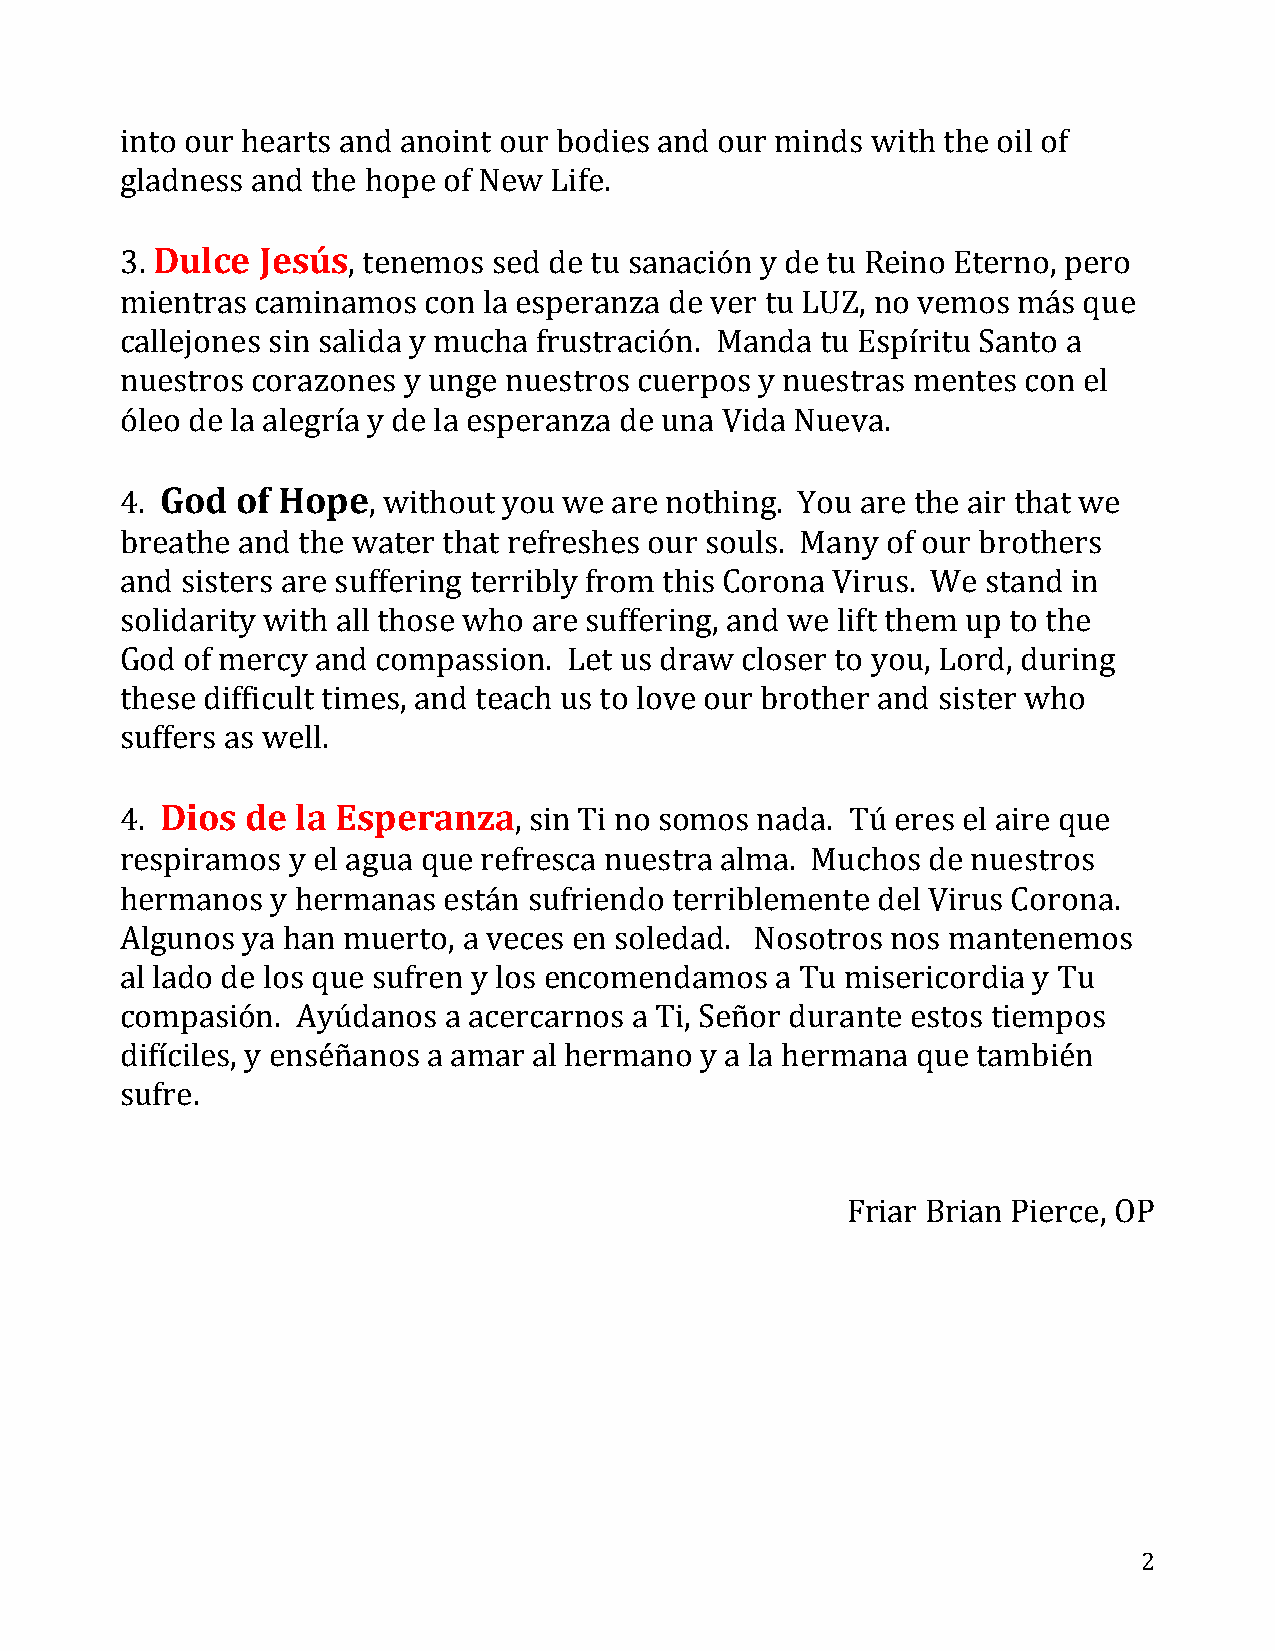
into our hearts and anoint our bodies and our minds with the oil of
 gladness and the hope of New Life.
 3. Dulce Jesús, tenemos  sed de tu sanación y de tu Reino Eterno, pero
 mientras caminamos  con la esperanza de ver tu LUZ, no vemos más que
 callejones sin salida y mucha frustración. Manda tu Espíritu Santo a
 nuestros corazones y unge nuestros cuerpos y nuestras mentes con el
 óleo de la alegría y de la esperanza de una Vida Nueva.
 4. God  of Hope, without you we  are nothing. You are the air that we
 breathe and the water that refreshes our souls. Many of our brothers
 and sisters are suffering terribly from this Corona Virus. We stand in
 solidarity with all those who are suffering, and we lift them up to the
 God of mercy and compassion.  Let us draw closer to you, Lord, during
 these difficult times, and teach us to love our brother and sister who
 suffers as well.
 4. Dios de  la Esperanza,  sin Ti no somos nada. Tú eres el aire que
 respiramos y el agua que refresca nuestra alma. Muchos de nuestros
 hermanos  y hermanas están sufriendo terriblemente del Virus Corona.
 Algunos ya han muerto, a veces en soledad. Nosotros nos mantenemos
 al lado de los que sufren y los encomendamos a Tu misericordia y Tu
 compasión.  Ayúdanos a acercarnos a Ti, Señor durante estos tiempos
 difíciles, y enséñanos a amar al hermano y a la hermana que también
 sufre.
 Friar Brian Pierce, OP
 2